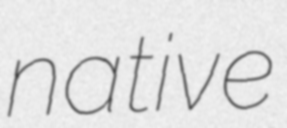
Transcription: native